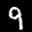
Label: 9